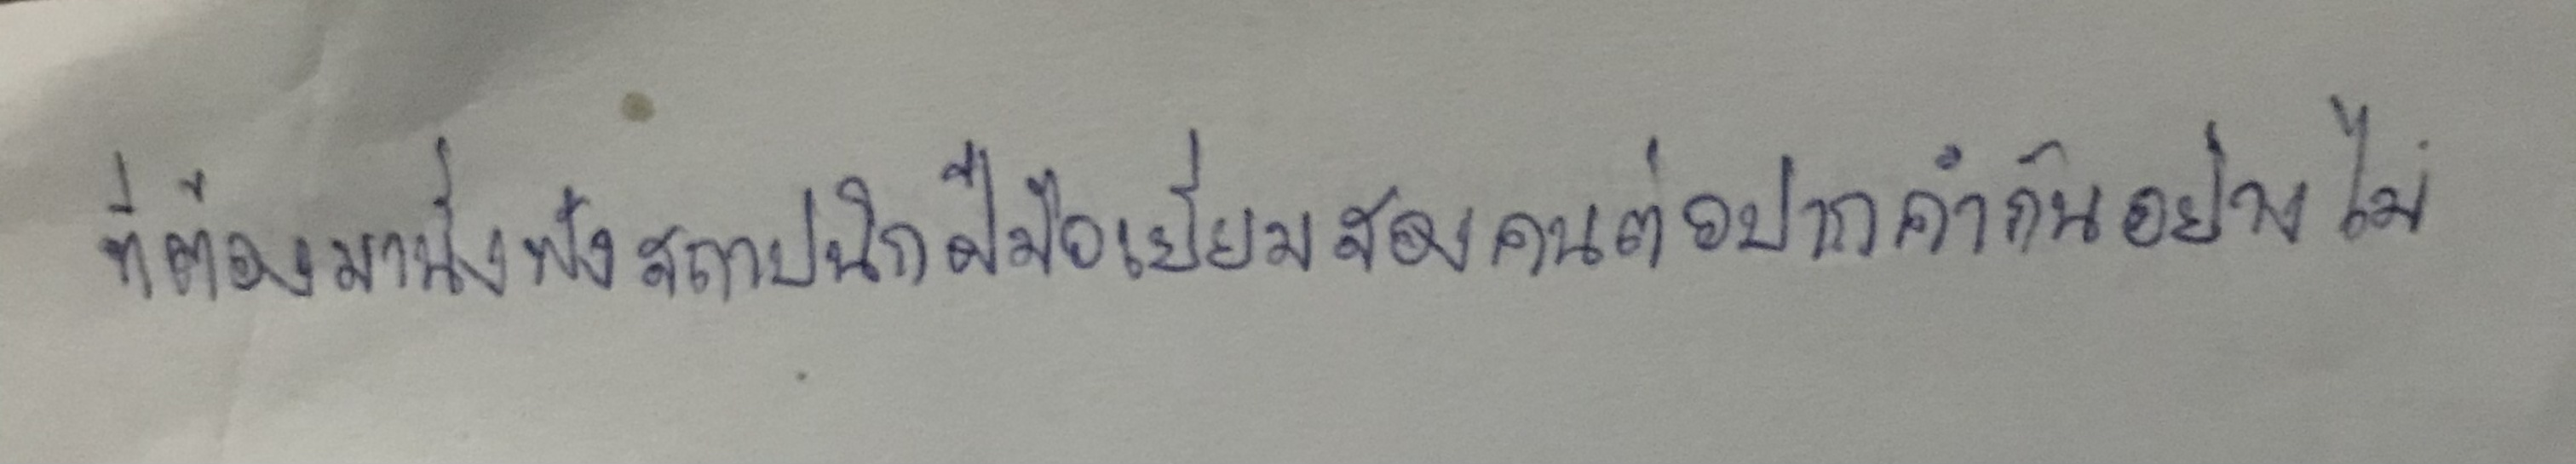
ที่ต้องมานั่งฟังสถาปนิกฝีมือเยี่ยมสองคนต่อปากต่อคำกันอย่างไม่